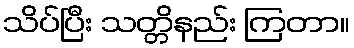
သိပ်ပြီး သတ္တိနည်း ကြတာ။